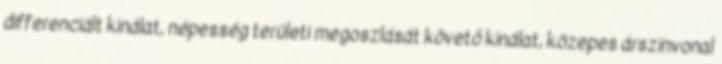
differenciált kínálat, népesség területi megoszlását követő kínálat, közepes árszínvonal